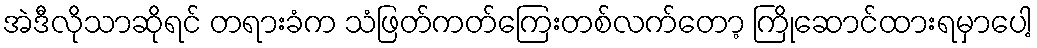
အဲဒီလိုသာဆိုရင် တရားခံက သံဖြတ်ကတ်ကြေးတစ်လက်တော့ ကြိုဆောင်ထားရမှာပေါ့